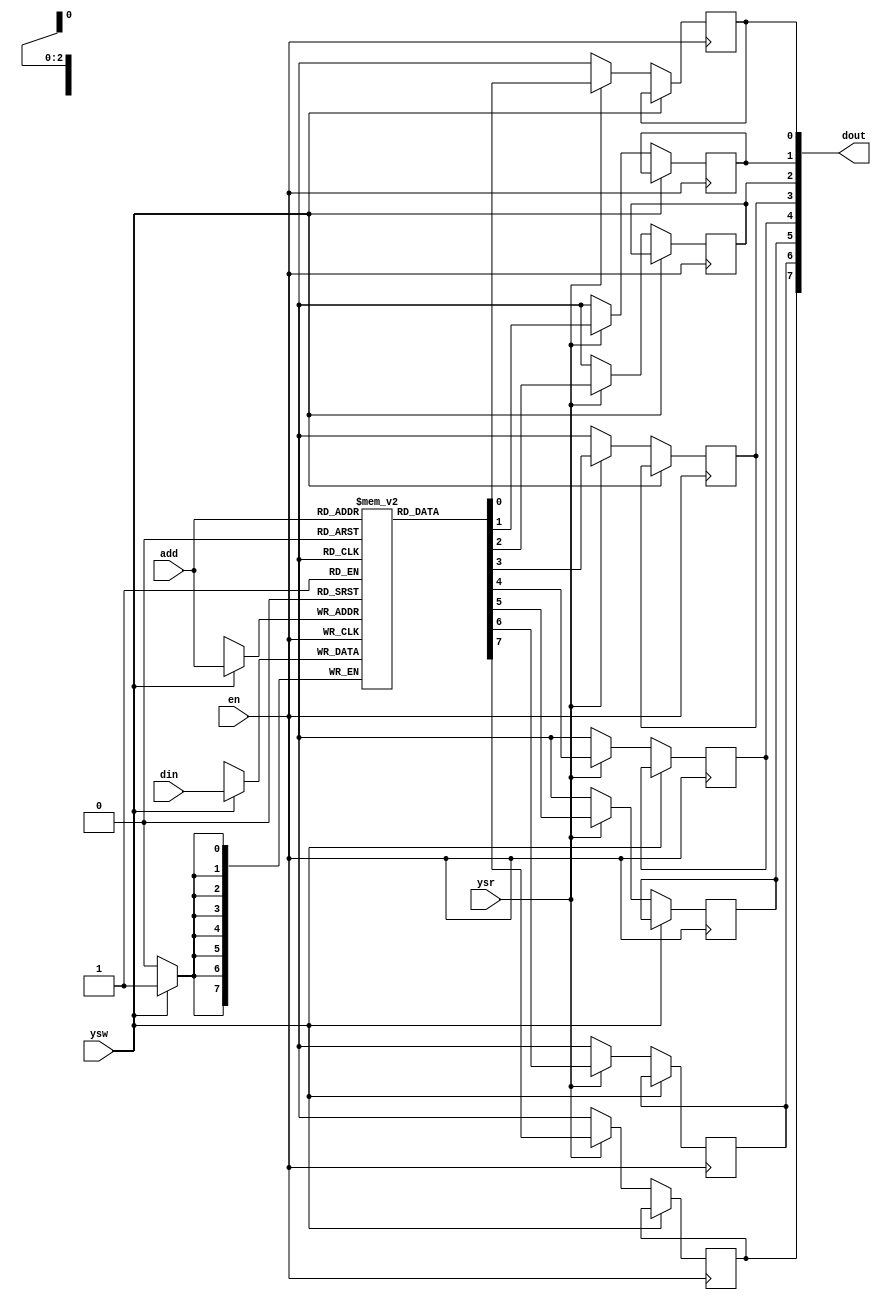
/* Generated by Yosys 0.41+108 (git sha1 557968567, g++ 11.4.0-1ubuntu1~22.04 -fPIC -Os) */

(* hdlname = "sram" *)
(* top =  1  *)
(* src = "sram.v:1.1-20.10" *)
module sram(en, ysw, ysr, add, din, dout);
  (* src = "sram.v:11.5-18.8" *)
  wire [2:0] _00_;
  (* src = "sram.v:11.5-18.8" *)
  wire [7:0] _01_;
  (* src = "sram.v:15.17-15.20" *)
  wire [7:0] _02_;
  wire [7:0] _03_;
  (* src = "sram.v:4.17-4.20" *)
  input [2:0] add;
  wire [2:0] add;
  (* src = "sram.v:5.17-5.20" *)
  input [7:0] din;
  wire [7:0] din;
  (* src = "sram.v:6.22-6.26" *)
  output [7:0] dout;
  reg [7:0] dout;
  (* src = "sram.v:2.11-2.13" *)
  input en;
  wire en;
  (* src = "sram.v:3.15-3.18" *)
  input ysr;
  wire ysr;
  (* src = "sram.v:3.11-3.14" *)
  input ysw;
  wire ysw;
  (* src = "sram.v:9.15-9.18" *)
  reg [7:0] ram [7:0];
  always @(posedge en) begin
    if (ysw)
      ram[_00_] <= _01_;
  end
  assign _02_ = ram[add];
  (* src = "sram.v:11.5-18.8" *)
  always @(posedge en)
    if (!ysw) dout[0] <= _03_[0];
  (* src = "sram.v:11.5-18.8" *)
  always @(posedge en)
    if (!ysw) dout[1] <= _03_[1];
  (* src = "sram.v:11.5-18.8" *)
  always @(posedge en)
    if (!ysw) dout[2] <= _03_[2];
  (* src = "sram.v:11.5-18.8" *)
  always @(posedge en)
    if (!ysw) dout[3] <= _03_[3];
  (* src = "sram.v:11.5-18.8" *)
  always @(posedge en)
    if (!ysw) dout[4] <= _03_[4];
  (* src = "sram.v:11.5-18.8" *)
  always @(posedge en)
    if (!ysw) dout[5] <= _03_[5];
  (* src = "sram.v:11.5-18.8" *)
  always @(posedge en)
    if (!ysw) dout[6] <= _03_[6];
  (* src = "sram.v:11.5-18.8" *)
  always @(posedge en)
    if (!ysw) dout[7] <= _03_[7];
  assign _01_[0] = ysw ? (* src = "sram.v:12.10-12.13|sram.v:12.7-17.29" *) din[0] : 1'hx;
  assign _01_[1] = ysw ? (* src = "sram.v:12.10-12.13|sram.v:12.7-17.29" *) din[1] : 1'hx;
  assign _01_[2] = ysw ? (* src = "sram.v:12.10-12.13|sram.v:12.7-17.29" *) din[2] : 1'hx;
  assign _01_[3] = ysw ? (* src = "sram.v:12.10-12.13|sram.v:12.7-17.29" *) din[3] : 1'hx;
  assign _01_[4] = ysw ? (* src = "sram.v:12.10-12.13|sram.v:12.7-17.29" *) din[4] : 1'hx;
  assign _01_[5] = ysw ? (* src = "sram.v:12.10-12.13|sram.v:12.7-17.29" *) din[5] : 1'hx;
  assign _01_[6] = ysw ? (* src = "sram.v:12.10-12.13|sram.v:12.7-17.29" *) din[6] : 1'hx;
  assign _01_[7] = ysw ? (* src = "sram.v:12.10-12.13|sram.v:12.7-17.29" *) din[7] : 1'hx;
  assign _00_[0] = ysw ? (* src = "sram.v:12.10-12.13|sram.v:12.7-17.29" *) add[0] : 1'hx;
  assign _00_[1] = ysw ? (* src = "sram.v:12.10-12.13|sram.v:12.7-17.29" *) add[1] : 1'hx;
  assign _00_[2] = ysw ? (* src = "sram.v:12.10-12.13|sram.v:12.7-17.29" *) add[2] : 1'hx;
  assign _03_[0] = ysr ? (* src = "sram.v:14.15-14.18|sram.v:14.12-17.29" *) _02_[0] : 1'hx;
  assign _03_[1] = ysr ? (* src = "sram.v:14.15-14.18|sram.v:14.12-17.29" *) _02_[1] : 1'hx;
  assign _03_[2] = ysr ? (* src = "sram.v:14.15-14.18|sram.v:14.12-17.29" *) _02_[2] : 1'hx;
  assign _03_[3] = ysr ? (* src = "sram.v:14.15-14.18|sram.v:14.12-17.29" *) _02_[3] : 1'hx;
  assign _03_[4] = ysr ? (* src = "sram.v:14.15-14.18|sram.v:14.12-17.29" *) _02_[4] : 1'hx;
  assign _03_[5] = ysr ? (* src = "sram.v:14.15-14.18|sram.v:14.12-17.29" *) _02_[5] : 1'hx;
  assign _03_[6] = ysr ? (* src = "sram.v:14.15-14.18|sram.v:14.12-17.29" *) _02_[6] : 1'hx;
  assign _03_[7] = ysr ? (* src = "sram.v:14.15-14.18|sram.v:14.12-17.29" *) _02_[7] : 1'hx;
endmodule